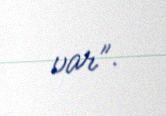
var”.